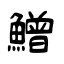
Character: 鱛